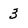
Character: 3